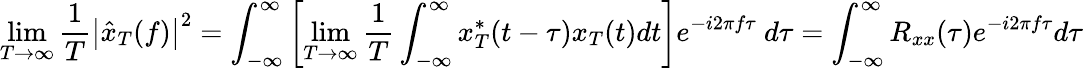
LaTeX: \operatorname*{lim}_{T\to\infty}{\frac{1}{T}}\left|{\hat{x}}_{T}(f)\right|^{2}=\int_{-\infty}^{\infty}\left[\operatorname*{lim}_{T\to\infty}{\frac{1}{T}}\int_{-\infty}^{\infty}x_{T}^{*}(t-\tau)x_{T}(t)dt\right]e^{-i2\pi f\tau}\ d\tau=\int_{-\infty}^{\infty}R_{xx}(\tau)e^{-i2\pi f\tau}d\tau